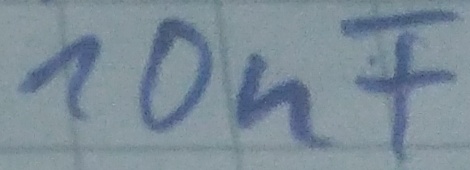
Text: 10nF